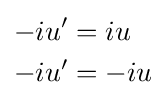
{\begin{aligned}-iu'&=iu\\-iu'&=-iu\end{aligned}}